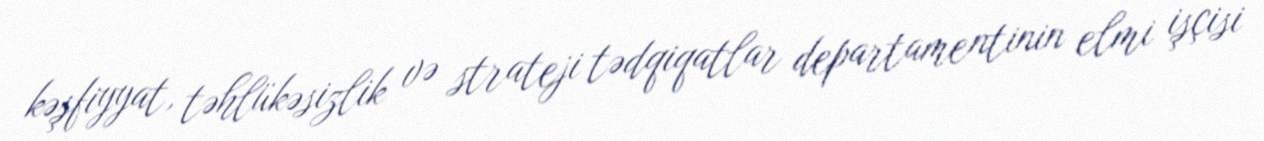
kəşfiyyat, təhlükəsizlik və strateji tədqiqatlar departamentinin elmi işçisi